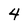
Character: 4